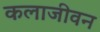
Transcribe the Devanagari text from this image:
कलाजीवन